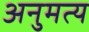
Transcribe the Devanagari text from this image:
अनुमत्य